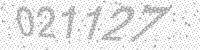
Solution: 021127